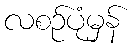
လစဉ်ပုံမှန်